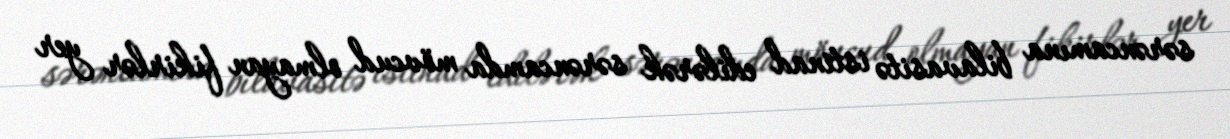
sərəncamına bilavasitə istinad edilərək sərəncamda mövcud olmayan fikirlər yer